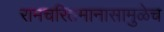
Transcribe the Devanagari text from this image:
रामचरितमानासामुळेच